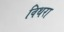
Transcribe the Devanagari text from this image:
विथरा